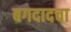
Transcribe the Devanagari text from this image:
बगदादचा